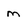
Character: m